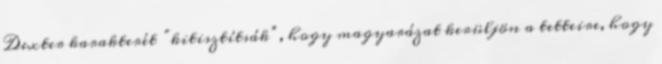
Dexter karakterét “kitisztítsák”, hogy magyarázat kerüljön a tetteire, hogy